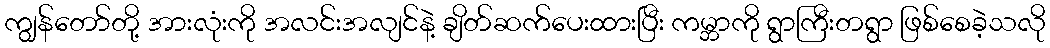
ကျွန်တော်တို့ အားလုံးကို အလင်းအလျင်နဲ့ ချိတ်ဆက်ပေးထားပြီး ကမ္ဘာကို ရွာကြီးတရွာ ဖြစ်စေခဲ့သလို